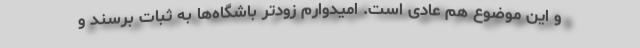
و این موضوع هم عادی است. امیدوارم زودتر باشگاه‌ها به ثبات برسند و